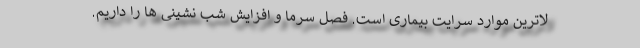
لاترین موارد سرایت بیماری است. فصل سرما و افزایش شب نشینی ها را داریم.